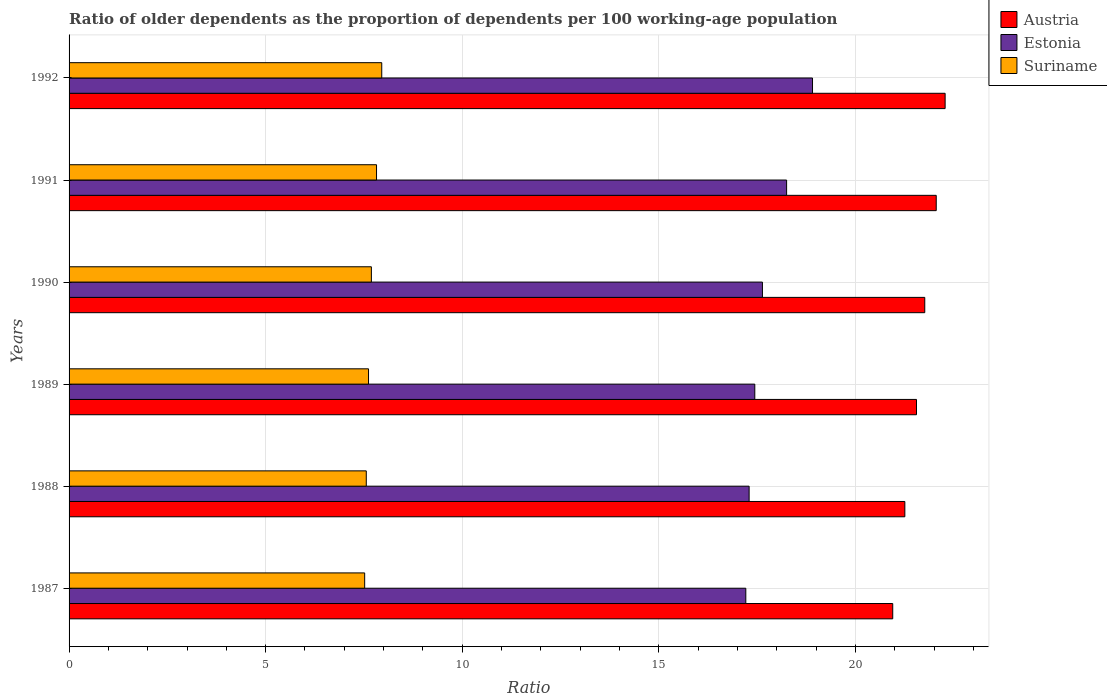
| Years | Austria | Estonia | Suriname |
 | --- | --- | --- | --- |
 | 1987 | 21 | 17.2 | 7.52 |
 | 1988 | 21.3 | 17.3 | 7.56 |
 | 1989 | 21.6 | 17.4 | 7.62 |
 | 1990 | 21.8 | 17.6 | 7.69 |
 | 1991 | 22.1 | 18.3 | 7.82 |
 | 1992 | 22.3 | 18.9 | 7.95 |